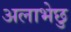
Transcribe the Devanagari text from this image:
अलाभेछु